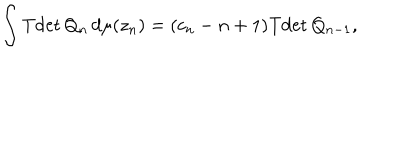
\int \mathrm { T d e t } \, Q _ { n } \, d \mu ( z _ { n } ) = ( c _ { n } - n + 1 ) \mathrm { T d e t } \, Q _ { n - 1 } ,